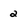
Character: 2